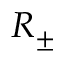
R _ { \pm }